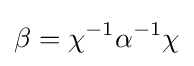
\beta =\chi ^{-1}\alpha ^{-1}\chi